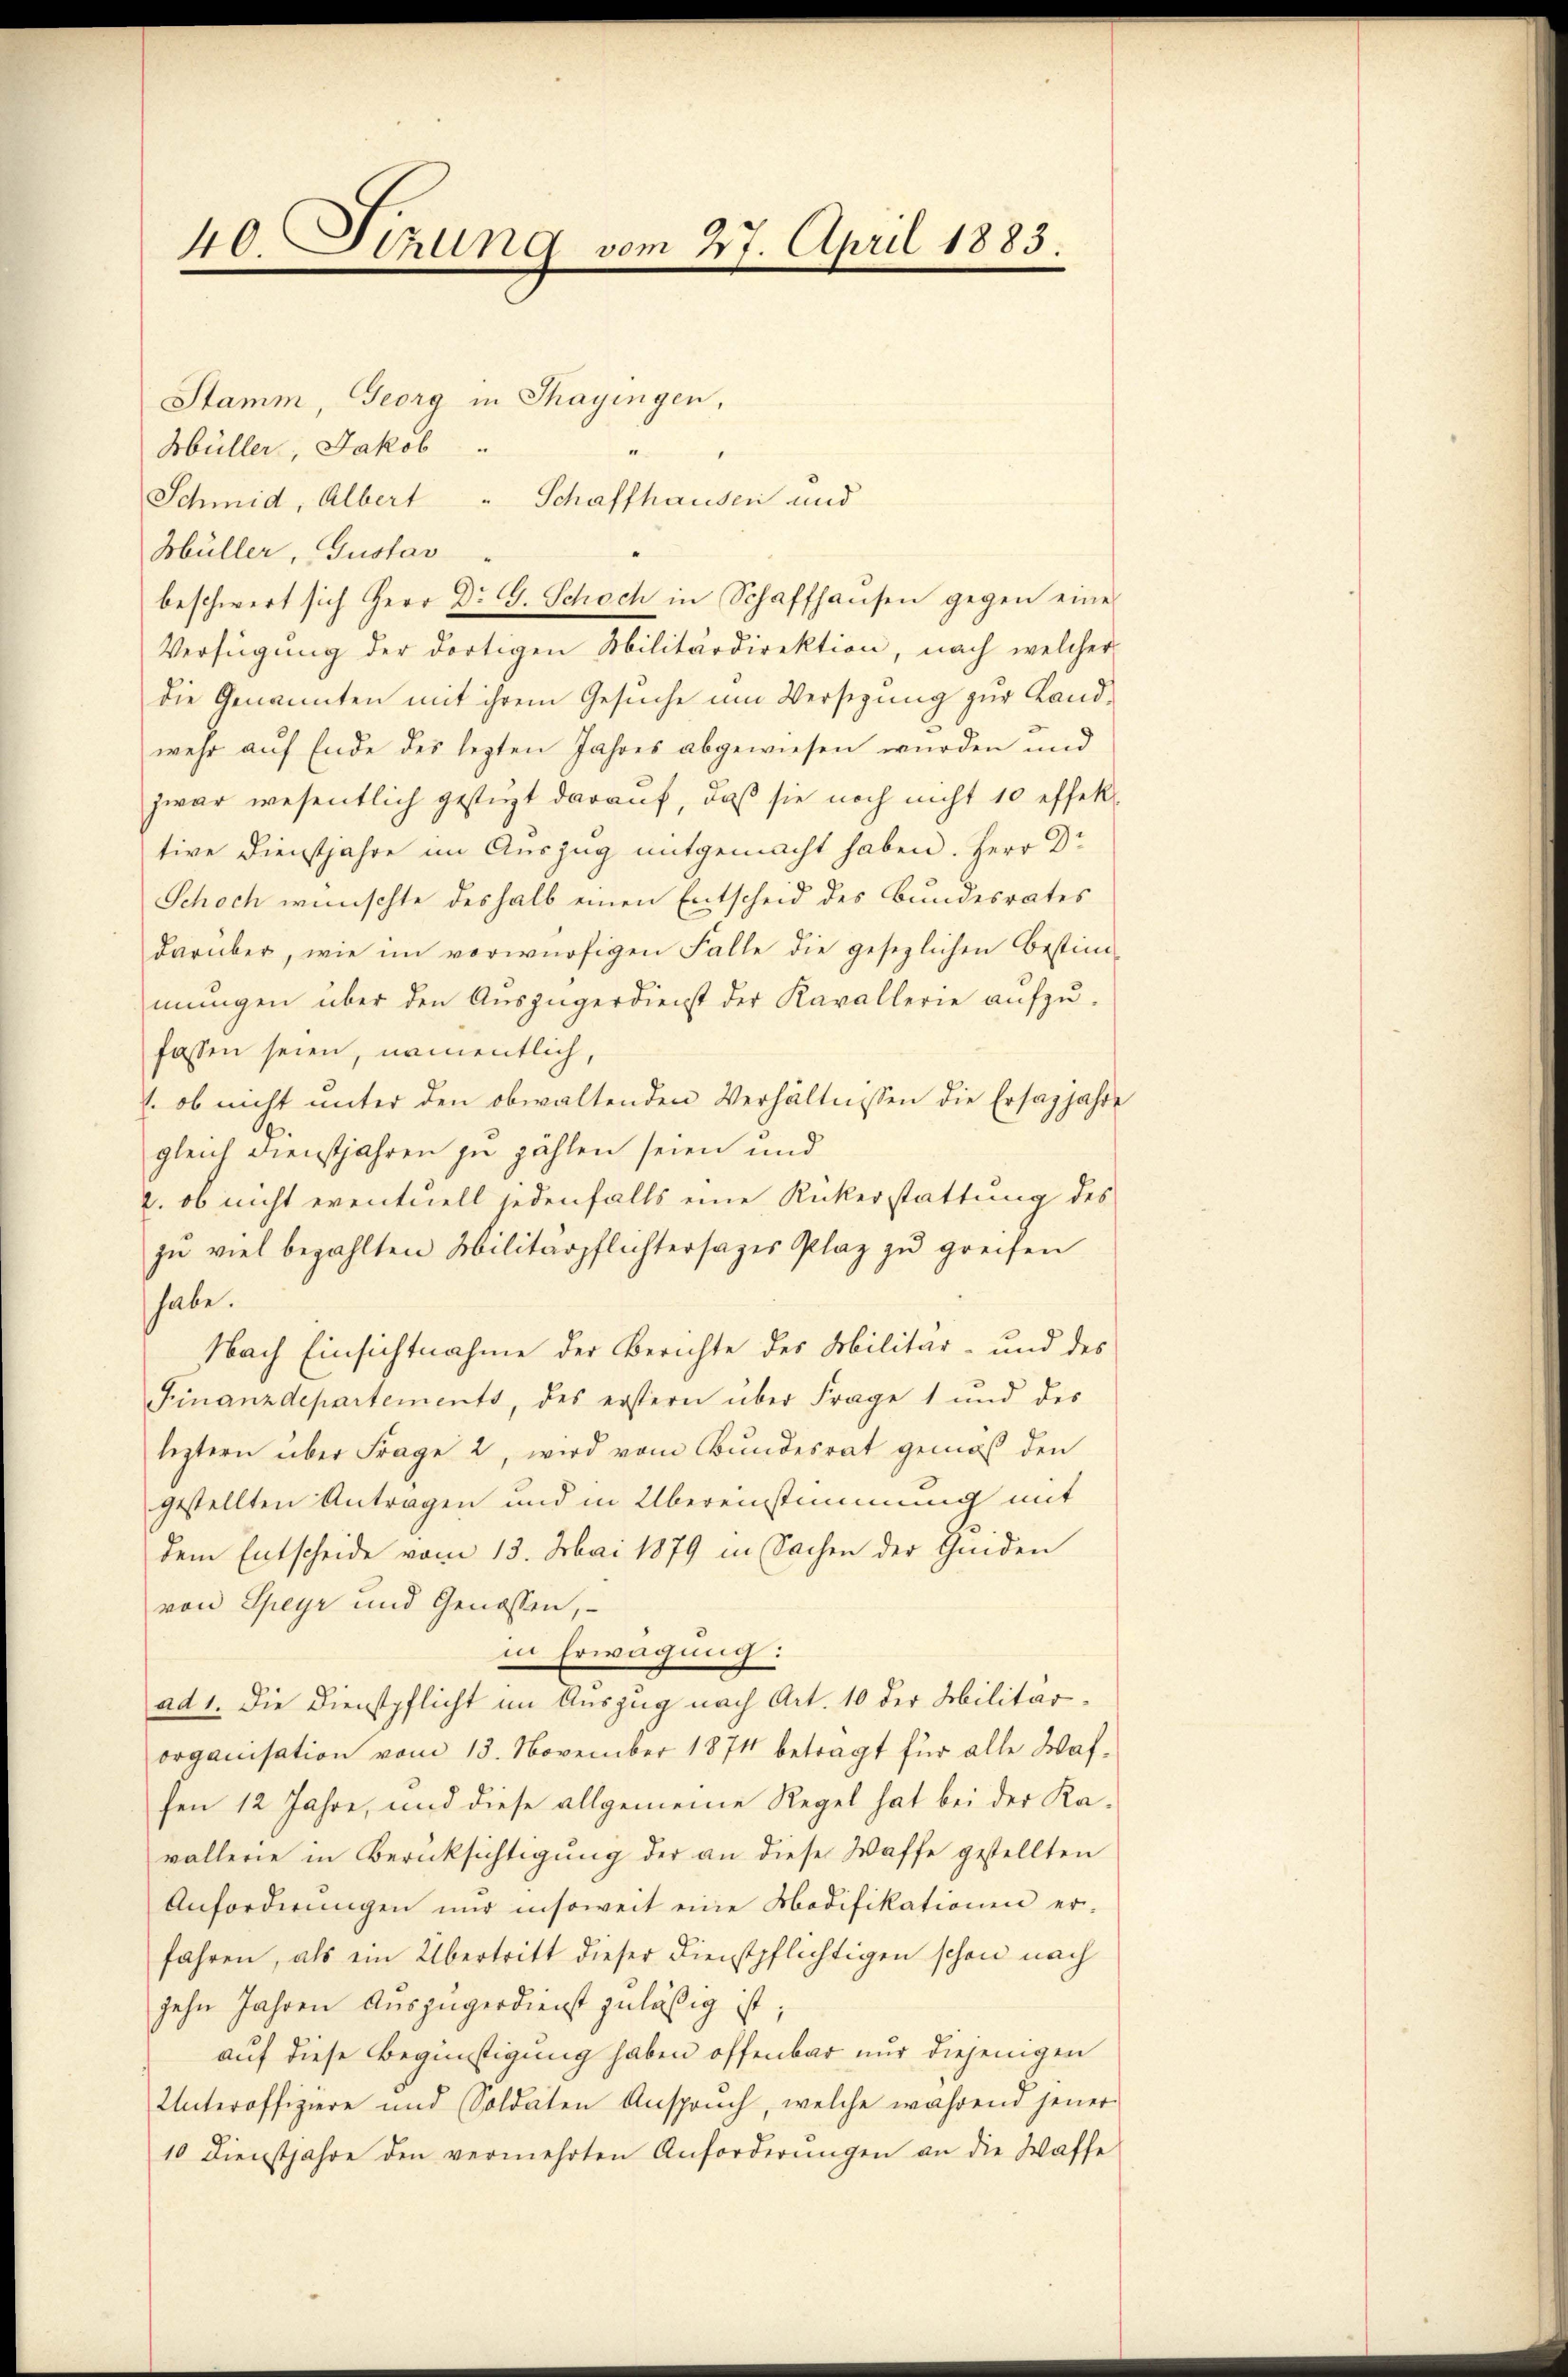
40. Sitzung vom 27. April 1883.

Stamm, Georg in Thayingen,
Hüller, Jakob
Schmid, Albert " Schaffhausen und
Hüller, Gustav
beschwert sich Herr Dr G. Schoch in Schaffhausen gegen eines
Verfügung der dortigen Militärdirektion, nach welcher
die Genannten mit ihrem Gesuche um Versizung zur Landwehr auf Ende des lezten Jahres abgewiesen wurden und
zwar wesentlich gestüzt darauf, daß sie noch nicht 10 effek
tive Dienstjahre im Auszug mitgemacht haben. Herr Dr
Schoch wünschte deshalb einen Entscheid des Bundesrates
darüber, wie im vorwürfigen Falle die gesezlichen Bestim-
mungen über den Auszügerdienst der Kavallerie aŭfzŭ-
fassen seien, namentlich,
: ob nicht unter den obwaltenden Verhältnissen die Ersatjahre
gleich Dienstjahren zu zählen seien und
2. ob nicht eventuell jedenfalls eine Rückerstattung des
zu viel bezahlten Militärpflichtersages Plaz zu greifen
habe.
Nach Einsichtnahme der Berichte des Militär- und des
Finanzdepartements, des erstern über Frage 1 und des
leztern über Frage 2, wird vom Bundesrat gemäß den
gestellten Antragen und in Übereinstimmung mit
dem Entscheide vom 13. Mai 1879 in Sachen der Geiden
von Speyr und Genossen,
in Erwägung:
ad 1. Die Dienstpflicht im Auszug nach Art. 10 der Militärorganisation vom 13. November 1871 betragt für alle Waffen 12 Jahre, und diese allgemeine Regel hat bei der Kavallerie in Berücksichtigung der an diese Waffe gestellten
Anforderŭngen nur insoweit eine Modifikationen er-
fahren, als ein Übertritt dieser Dienstpflichtigen schon nach
zehn Jahren Auszugerdienst zuläßig ist;
auf diese Begünstigung haben offenbar nur diejenigen
Unteroffiziere und Soldaten Anspruch, welche während jener
10 Dienstjahre den vermehrten Anforderŭngen an die Waffe